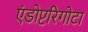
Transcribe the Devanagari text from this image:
एंडोप्टरिगोटा